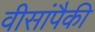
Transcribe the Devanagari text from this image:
वीसांपैकी